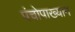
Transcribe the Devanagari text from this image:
पंचोपाख्यान